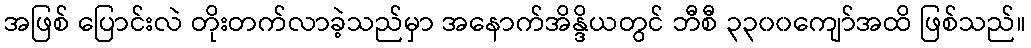
အဖြစ် ပြောင်းလဲ တိုးတက်လာခဲ့သည်မှာ အနောက်အိန္ဒိယတွင် ဘီစီ ၃၃၀၀ကျော်အထိ ဖြစ်သည်။